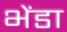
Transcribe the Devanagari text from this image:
भेंडा